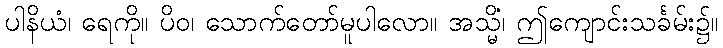
ပါနိယံ၊ ရေကို။ ပိဝ၊ သောက်တော်မူပါလော။ အသ္မိံ၊ ဤကျောင်းသင်္ခမ်း၌။